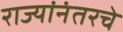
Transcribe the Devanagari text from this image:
राज्यांनंतरचे